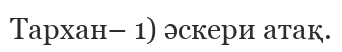
Тархан– 1) әскери атақ.